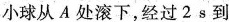
小球从A处滚下，经过2s到